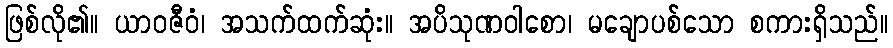
ဖြစ်လို၏။ ယာဝဇီဝံ၊ အသက်ထက်ဆုံး။ အပိသုဏဝါစော၊ မချောပစ်သော စကားရှိသည်။